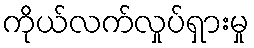
ကိုယ်လက်လှုပ်ရှားမှု